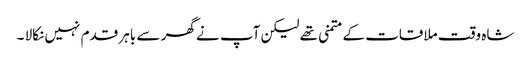
شاہ وقت ملاقات کے متمنی تھے لیکن آپ نے گھر سے باہر قدم نہیں نکالا ۔